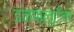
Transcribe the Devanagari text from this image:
इनफ्लूएँजा